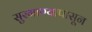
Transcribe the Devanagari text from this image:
सुरगाण्यापासून